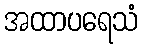
အထာပရေသံ